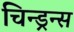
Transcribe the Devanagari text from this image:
चिन्ड्रन्स